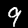
Digit: 9